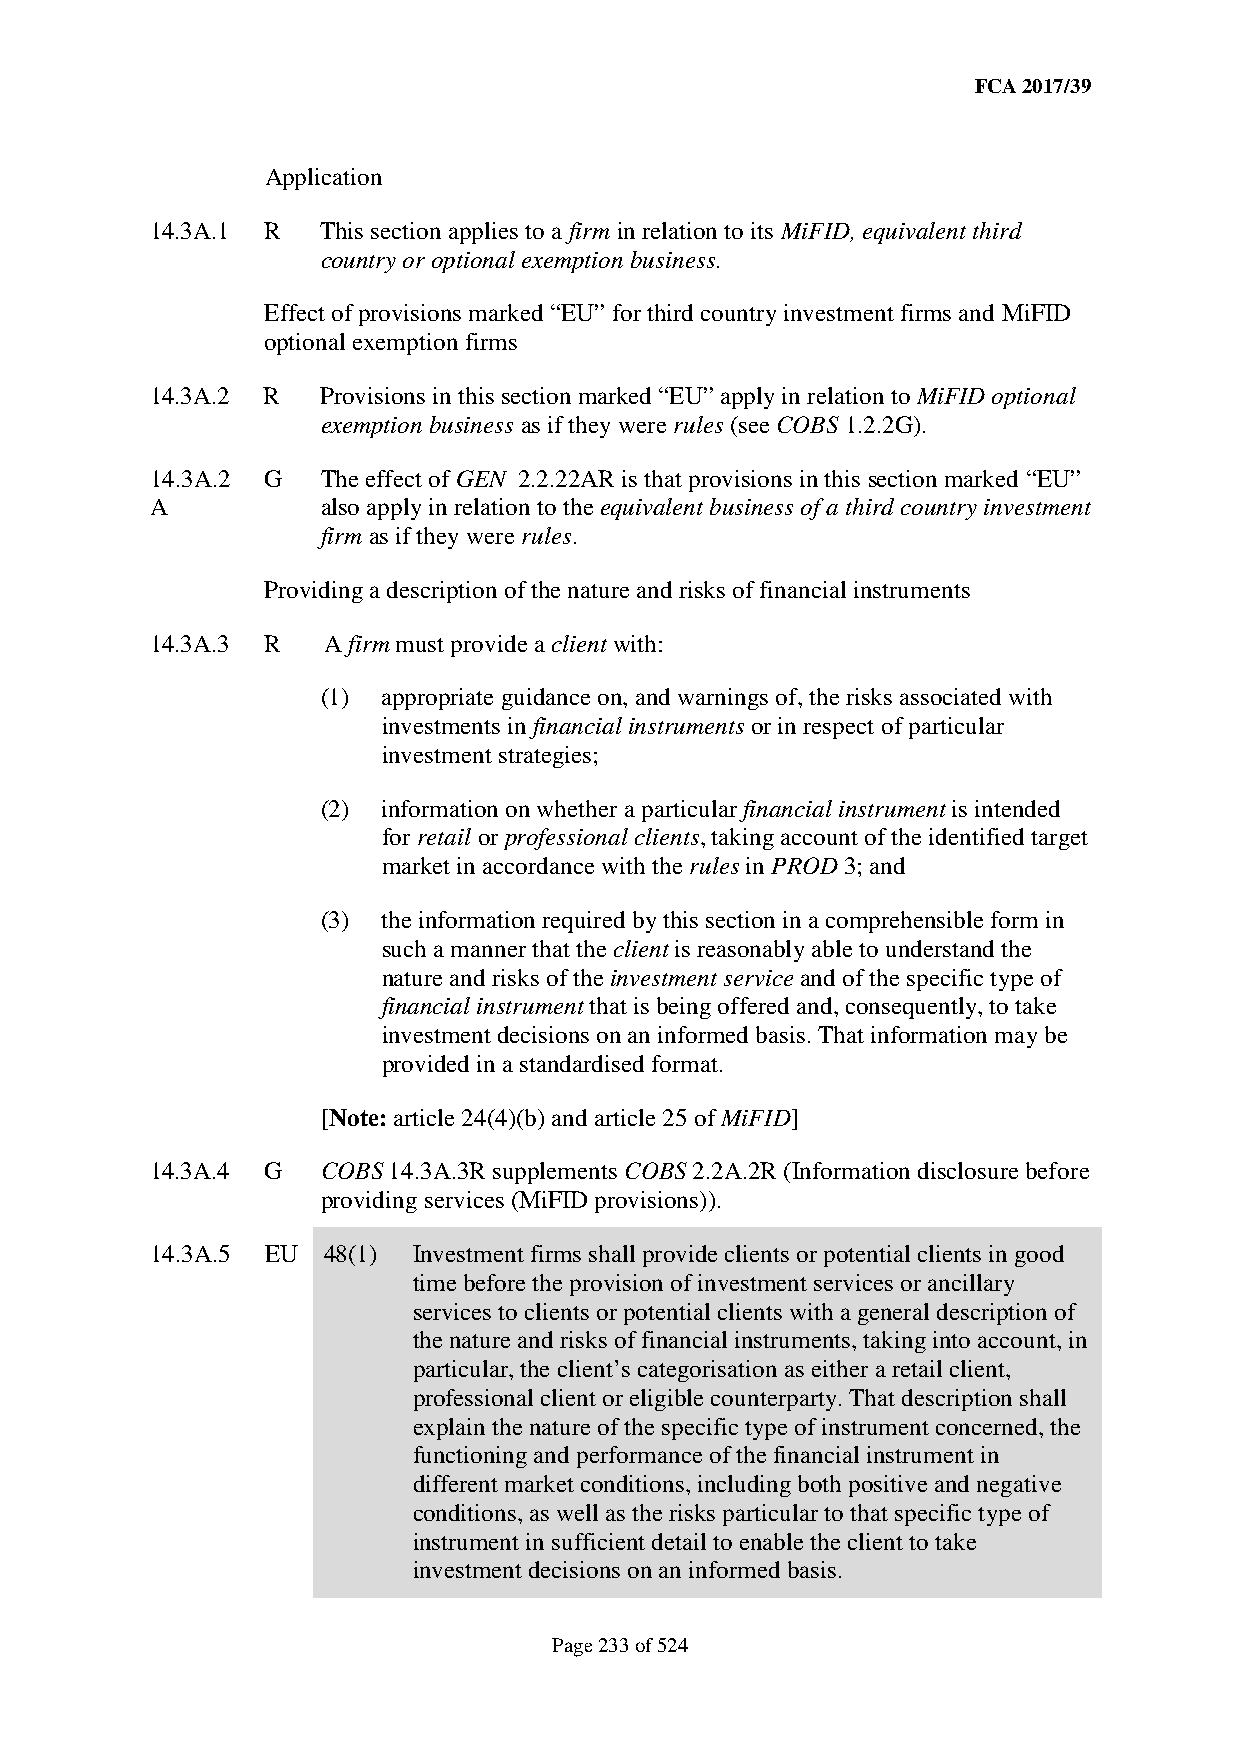
FCA 2017/39
 Application
 14.3A.1 R  This section applies to a firm in relation to its MiFID, equivalent third
 country or optional exemption business.
 Effect of provisions marked “EU” for third country investment firms and MiFID
 optional exemption firms
 14.3A.2 R  Provisions in this section marked “EU” apply in relation to MiFID optional
 exemption business as if they were rules (see COBS 1.2.2G).
 14.3A.2 G  The effect of GEN 2.2.22AR is that provisions in this section marked “EU”
 A          also apply in relation to the equivalent business of a third country investment
 firm as if they were rules.
 Providing a description of the nature and risks of financial instruments
 14.3A.3 R  A firm must provide a client with:
 (1) appropriate guidance on, and warnings of, the risks associated with
 investments in financial instruments or in respect of particular
 investment strategies;
 (2) information on whether a particular financial instrument is intended
 for retail or professional clients, taking account of the identified target
 market in accordance with the rules in PROD 3; and
 (3) the information required by this section in a comprehensible form in
 such a manner that the client is reasonably able to understand the
 nature and risks of the investment service and of the specific type of
 financial instrument that is being offered and, consequently, to take
 investment decisions on an informed basis. That information may be
 provided in a standardised format.
 [Note: article 24(4)(b) and article 25 of MiFID]
 14.3A.4 G  COBS 14.3A.3R supplements COBS 2.2A.2R (Information disclosure before
 providing services (MiFID provisions)).
 14.3A.5 EU 48(1) Investment firms shall provide clients or potential clients in good
 time before the provision of investment services or ancillary
 services to clients or potential clients with a general description of
 the nature and risks of financial instruments, taking into account, in
 particular, the client’s categorisation as either a retail client,
 professional client or eligible counterparty. That description shall
 explain the nature of the specific type of instrument concerned, the
 functioning and performance of the financial instrument in
 different market conditions, including both positive and negative
 conditions, as well as the risks particular to that specific type of
 instrument in sufficient detail to enable the client to take
 investment decisions on an informed basis.
 Page 233 of 524